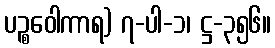
ပဉ္စဝေါကာရ) ၇-ပါ-၁၊ ဋ္ဌ-၃၅၆။